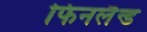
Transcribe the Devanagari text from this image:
फिनलैन्ड